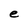
Character: e